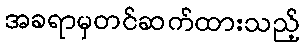
အခရာမှတင်ဆက်ထားသည့်